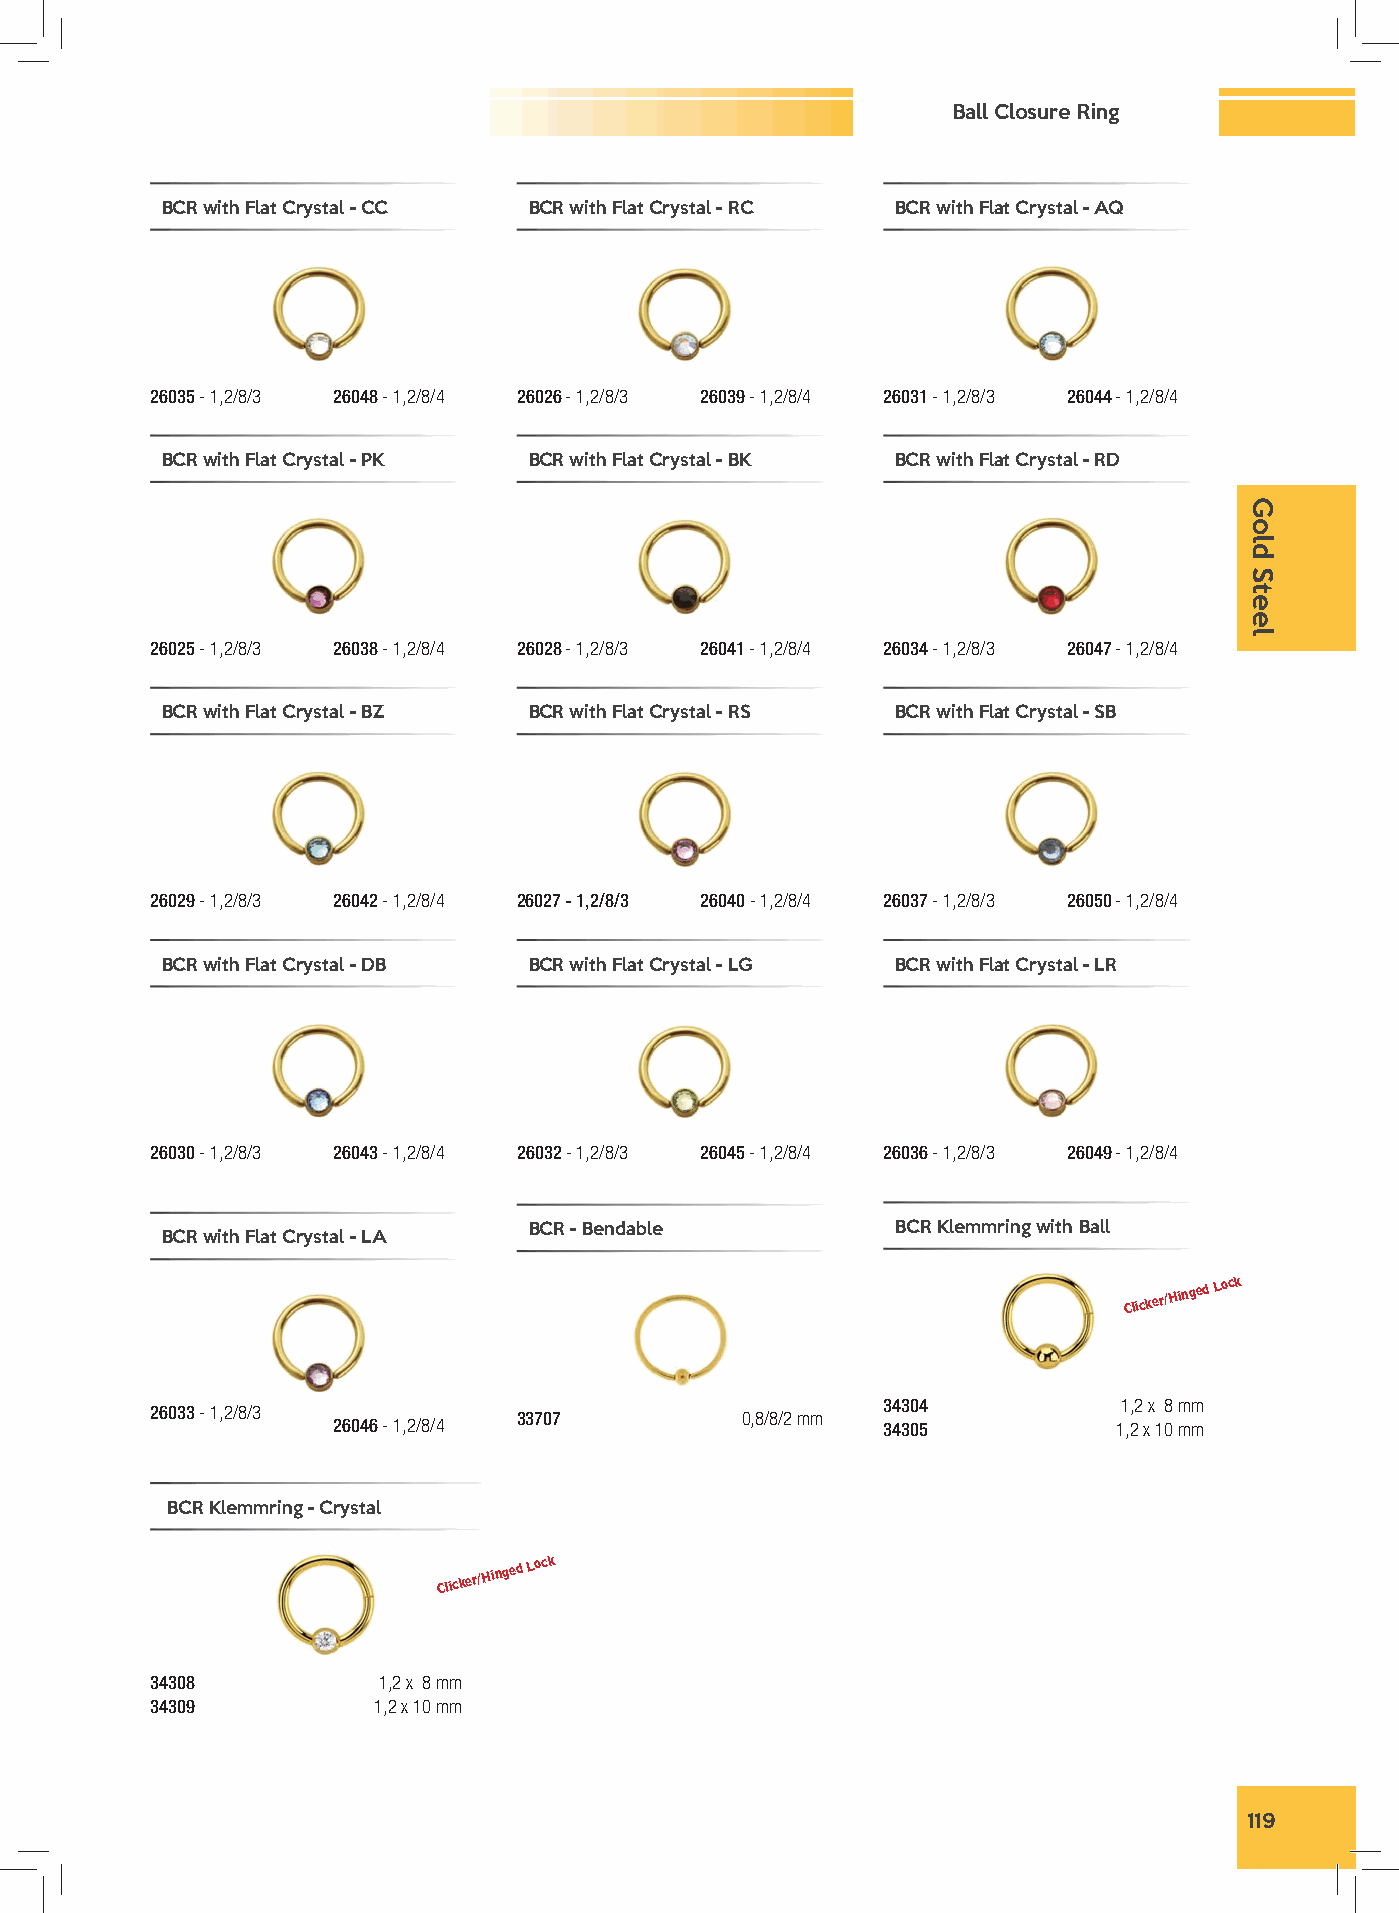
Ball Closure Ring
 BCR with Flat Crystal - CC BCR with Flat Crystal - RC BCR with Flat Crystal - AQ
 26035 - 1,2/8/3 26048 - 1,2/8/4 26026 - 1,2/8/3 26039 - 1,2/8/4 26031 - 1,2/8/3 26044 - 1,2/8/4
 BCR with Flat Crystal - PK BCR with Flat Crystal - BK BCR with Flat Crystal - RD
 26025 - 1,2/8/3 26038 - 1,2/8/4 26028 - 1,2/8/3 26041 - 1,2/8/4 26034 - 1,2/8/3 26047 - 1,2/8/4
 BCR with Flat Crystal - BZ BCR with Flat Crystal - RS BCR with Flat Crystal - SB
 26029 - 1,2/8/3 26042 - 1,2/8/4 26027 - 1,2/8/3 26040 - 1,2/8/4 26037 - 1,2/8/3 26050 - 1,2/8/4
 BCR with Flat Crystal - DB BCR with Flat Crystal - LG BCR with Flat Crystal - LR
 26030 - 1,2/8/3 26043 - 1,2/8/4 26032 - 1,2/8/3 26045 - 1,2/8/4 26036 - 1,2/8/3 26049 - 1,2/8/4
 BCR - Bendable          BCR Klemmring with Ball
 BCR with Flat Crystal - LA
 Clicker/Hinged
 Lock
 34304           1,2 x 8 mm
 26033 - 1,2/8/3         33707          0,8/8/2 mm
 26046 - 1,2/8/4                     34305           1,2 x 10 mm
 BCR Klemmring - Crystal
 Clicker/Hinged
 Lock
 34308          1,2 x 8 mm
 34309          1,2 x 10 mm
 119
 Gold
 Steel